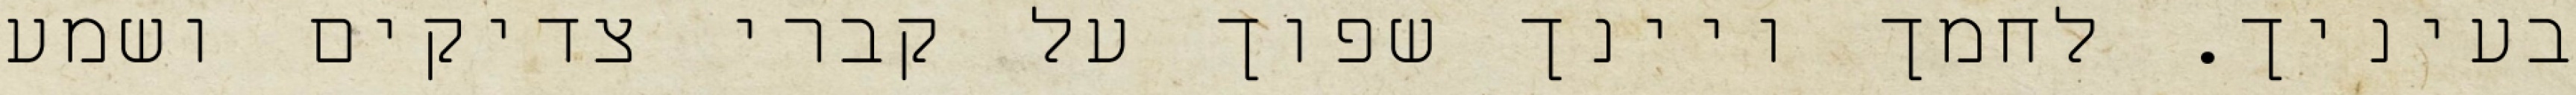
בעיניך. לחמך ויינך שפוך על קברי צדיקים ושמע